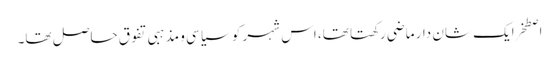
اصطخرایک شان دار ماضی رکھتا تھا، اس شہر کو سیاسی و مذہبی تفوق حاصل تھا۔